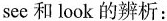
see和look的辨析：